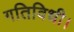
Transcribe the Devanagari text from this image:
गतिविधी।